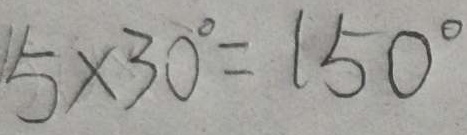
5 \times 3 0 ^ { \circ } = 1 5 0 ^ { \circ }